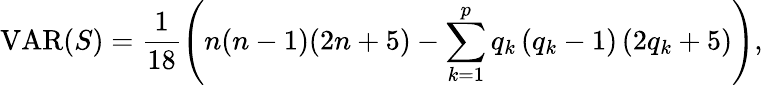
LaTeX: \operatorname{VAR}(S)=\frac{1}{18}\left(n(n-1)(2n+5)-\sum_{k=1}^{p}q_{k}\left(q_{k}-1\right)\left(2q_{k}+5\right)\right),